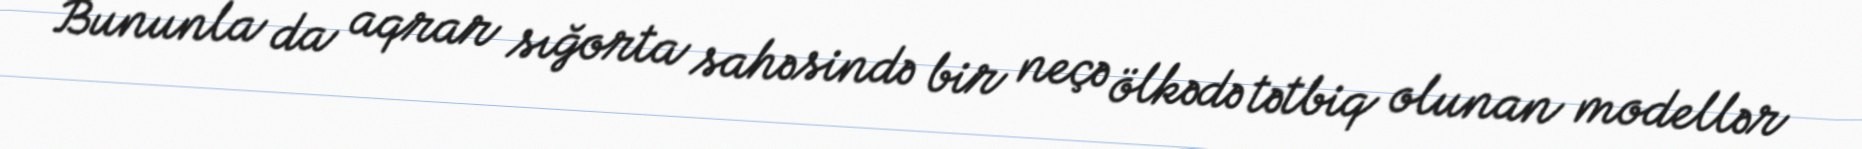
Bununla da aqrar sığorta sahəsində bir neçə ölkədə tətbiq olunan modellər